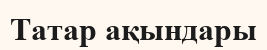
Татар ақындары